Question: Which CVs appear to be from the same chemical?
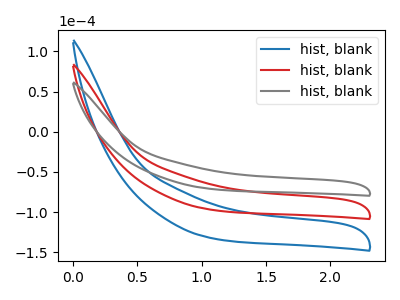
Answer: <think>The blue curve "hist, blank1" has no peaks. The red curve "hist, blank2" has no peaks. The gray curve "hist, blank3" has no peaks.
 Neither "hist, blank1" or "hist, blank2" have any peaks. Neither "hist, blank1" or "hist, blank3" have any peaks. Neither "hist, blank2" or "hist, blank3" have any peaks.</think>
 <answer>"hist, blank3", "hist, blank1" and "hist, blank2" have the same shape and are likely CV's of the same chemical.</answer>
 <eval>"hist, blank3" "hist, blank1" "hist, blank2"</eval>